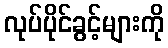
လုပ်ပိုင်ခွင့်များကို